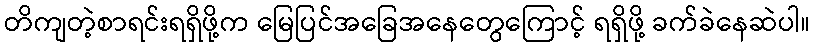
တိကျတဲ့စာရင်းရရှိဖို့က မြေပြင်အခြေအနေတွေကြောင့် ရရှိဖို့ ခက်ခဲနေဆဲပါ။